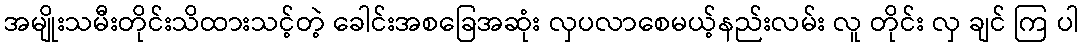
အမျိုးသမီးတိုင်းသိထားသင့်တဲ့ ခေါင်းအစခြေအဆုံး လှပလာစေမယ့်နည်းလမ်း လူ တိုင်း လှ ချင် ကြ ပါ